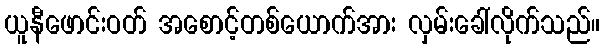
ယူနီဖောင်းဝတ် အစောင့်တစ်ယောက်အား လှမ်းခေါ်လိုက်သည်။